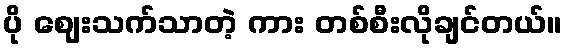
ပို ဈေးသက်သာတဲ့ ကား တစ်စီးလိုချင်တယ်။